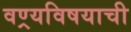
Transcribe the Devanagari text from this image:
वण्र्यविषयाची